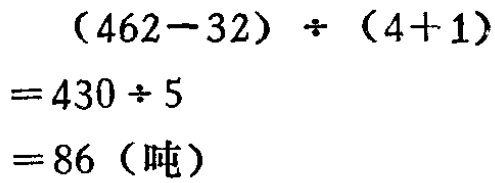
\((462 - 32) \div (4 + 1)\)
\(= 430 \div 5\)
\(= 86\)（吨）